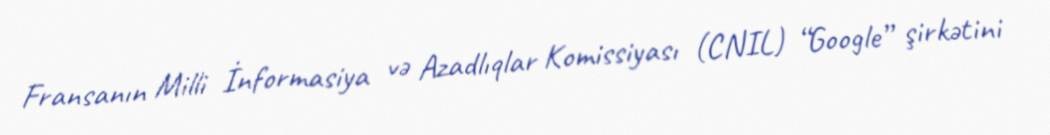
Fransanın Milli İnformasiya və Azadlıqlar Komissiyası (CNIL) “Google” şirkətini